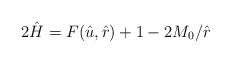
LaTeX: \begin{align*}2\hat{H}=F(\hat{u},\hat{r})+1-2M_{0}/\hat{r}\end{align*}